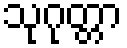
သုဂုတ္တာ